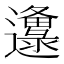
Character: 邍